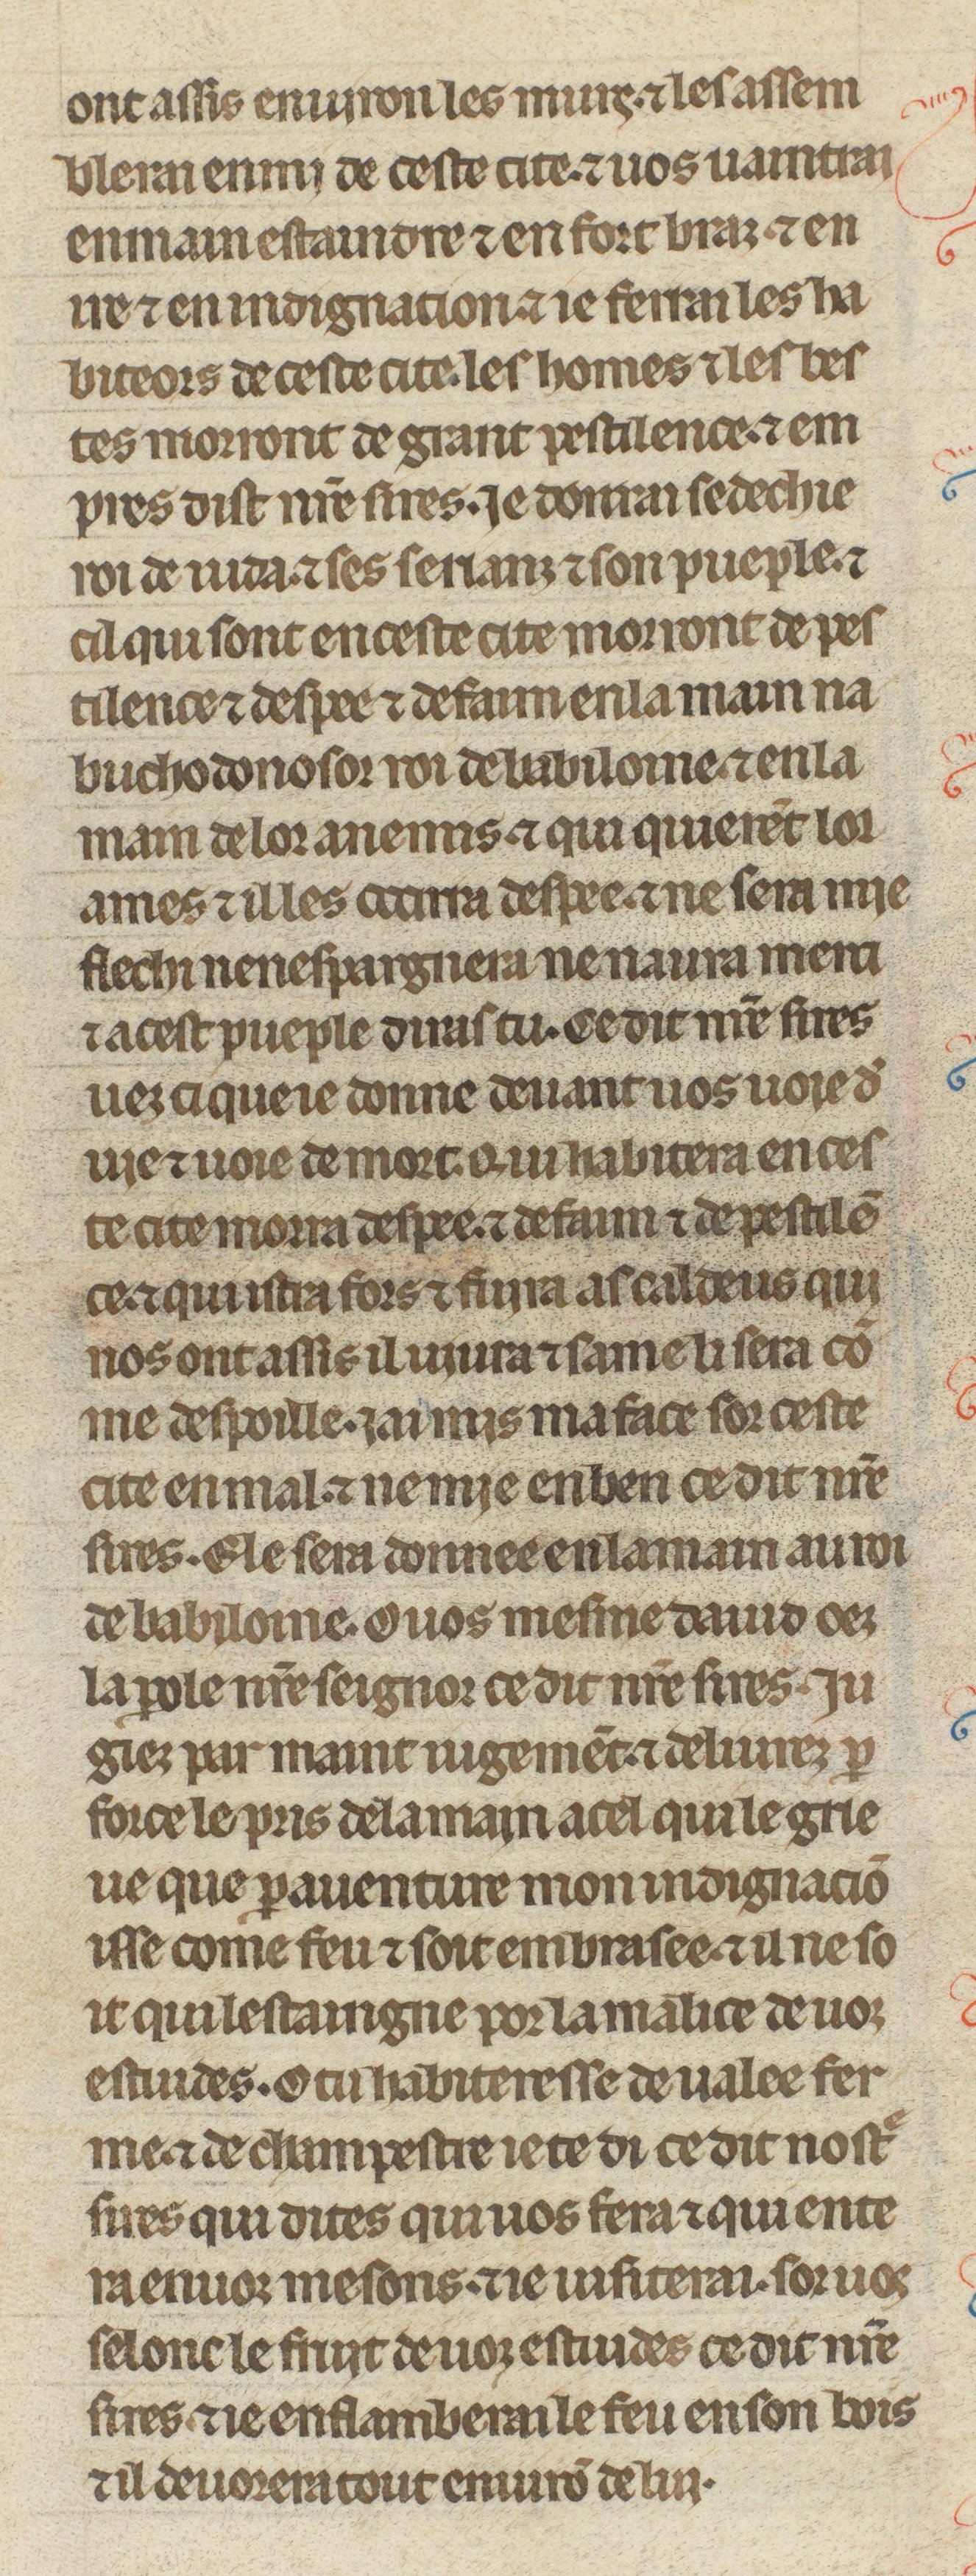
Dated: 1260–1269